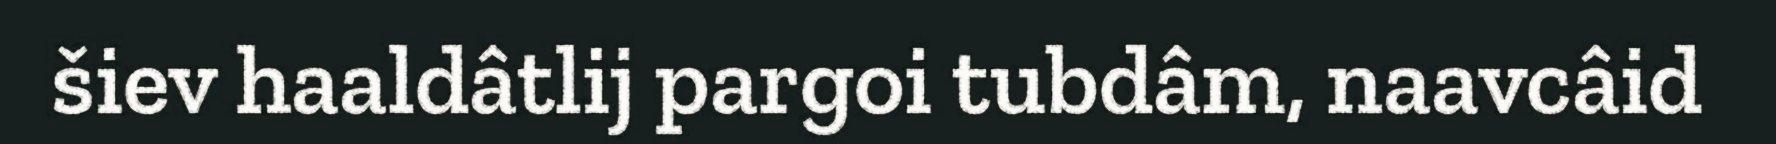
šiev haaldâtlij pargoi tubdâm, naavcâid